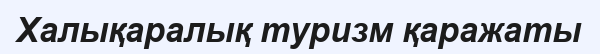
Халықаралық туризм қаражаты